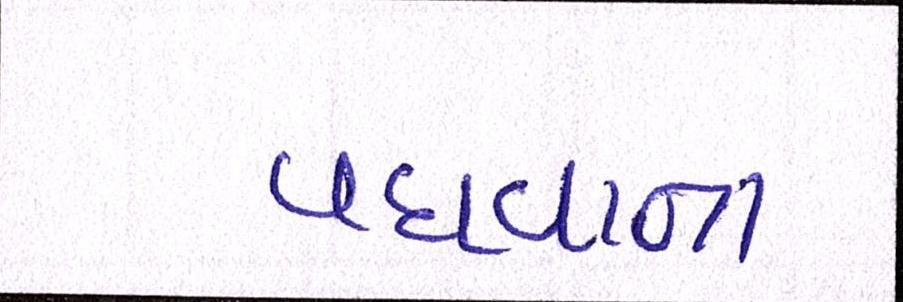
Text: વધવાના